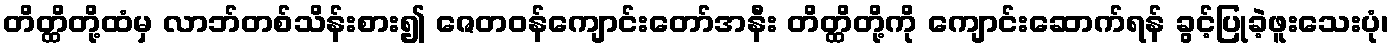
တိတ္ထိတို့ထံမှ လာဘ်တစ်သိန်းစား၍ ဇေတဝန်ကျောင်းတော်အနီး တိတ္ထိတို့ကို ကျောင်းဆောက်ရန် ခွင့်ပြုခဲ့ဖူးသေးပုံ၊